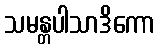
သမန္တပါသာဒိကော